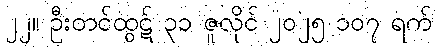
၂၂။ ဦးတင်ထွဋ် ၃၁ ဇူလိုင် ၂၀၂၅ ၁၀၇ ရက်